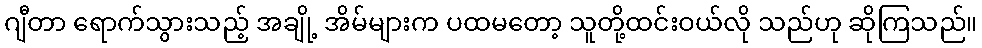
ဂျီတာ ရောက်သွားသည့် အချို့ အိမ်များက ပထမတော့ သူတို့ထင်းဝယ်လို သည်ဟု ဆိုကြသည်။